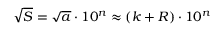
{ \sqrt { S } } = { \sqrt { a } } \cdot 1 0 ^ { n } \approx ( k + R ) \cdot 1 0 ^ { n }